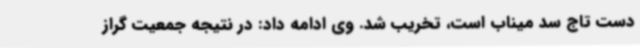
دست تاج سد میناب است، تخریب شد. وی ادامه داد: در نتیجه جمعیت گراز